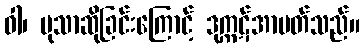
ဝါ၊ မုသာဆိုခြင်းကြောင့် ဒုက္ကဋ်အာပတ်သည်။